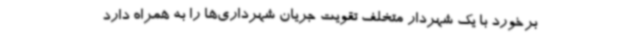
برخورد با یک شهردار متخلف تقویت جریان شهرداری‌ها را به همراه دارد